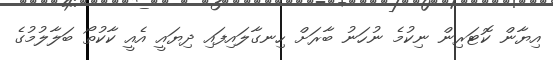
އިޔާން ކޮޓަރިން ނިކުމެ ނުހަނު ބާރަށް ހިނގާލައިފައި ދިޔައީ އެއީ ކާކުތޯ ބަލާލުމުގެ